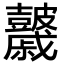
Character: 𥀻